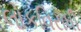
લોકવિરોધી